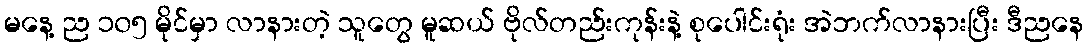
မနေ့ ည ၁၀၅ မိုင်မှာ လာနားတဲ့ သူတွေ မူဆယ် ဗိုလ်တည်းကုန်းနဲ့ စုပေါင်းရုံး အဲဘက်လာနားပြီး ဒီညနေ